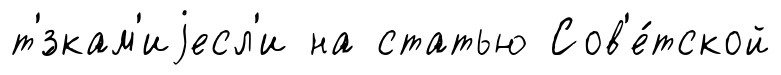
т'́зкам'иjесл'и на статью Сов'е́тской